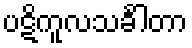
ပဋိကူလသင်္ခါတာ